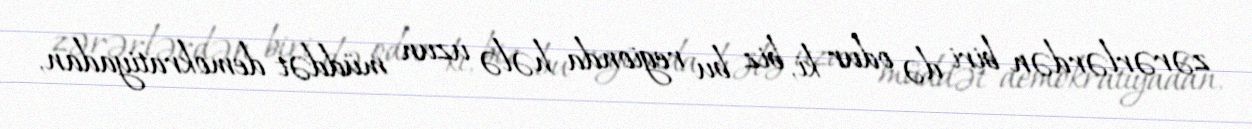
zərərlərdən biri də odur ki, biz bu regionda hələ uzun müddət demokratiyadan,